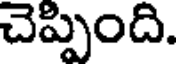
చెప్పింది.